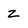
Character: z